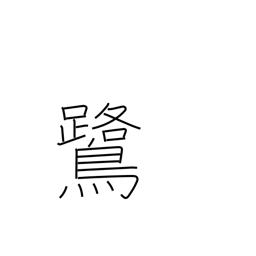
Meaning: heron